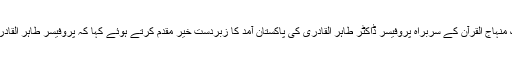
اپنے مشترکہ بیان میں انہوں نے پاکستان عوامی تحریک کے چیئرمین اور تحریک منہاج القرآن کے سربراہ پروفیسر ڈاکٹر طاہر القادری کی پاکستان آمد کا زبردست خیر مقدم کرتے ہوئے کہا کہ پروفیسر طاہر القادری اور قائد تحریک جناب الطاف حسین کی جدوجہد ، مشن اور مقصد ایک ہی ہے ۔